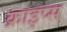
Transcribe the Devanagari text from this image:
क्राइप्स